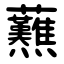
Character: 䖄